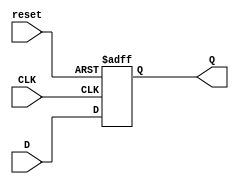
module DFF(CLK, D, reset, Q);
  
  input wire CLK, D, reset;
  output reg Q;
  
  
  always @(posedge CLK or negedge reset)begin
    if (reset==1'b1)begin
      Q <= D;
    end else begin
      Q <= 1'b0;
    end
  end
  
  
  
endmodule